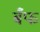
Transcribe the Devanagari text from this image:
बँफ